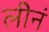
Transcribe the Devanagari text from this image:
लीनं